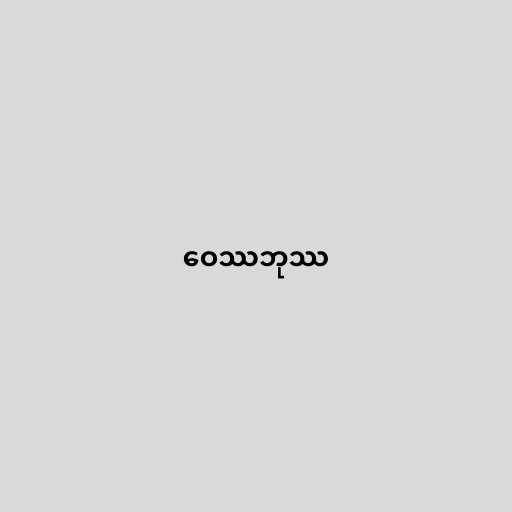
ဝေဿဘုဿ